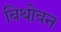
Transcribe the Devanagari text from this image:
बिथोवन